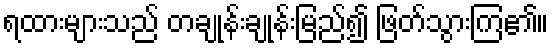
ရထားများသည် တချုန်းချုန်းမြည်၍ ဖြတ်သွားကြ၏။